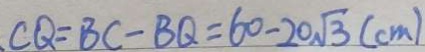
、 C Q = B C - B Q = 6 0 - 2 0 \sqrt { 3 } ( c m )